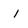
Character: i